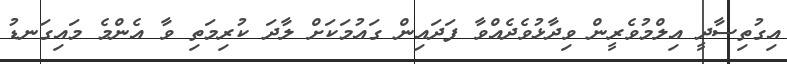
އިގުތިސާދީ އިލްމުވެރީން ވިދާޅުވެދެއްވާ ފަދައިން ގައުމަކަށް ލާދަ ކުރިމަތި ވާ އެންމެ މައިގަނޑު